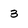
Character: 3